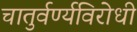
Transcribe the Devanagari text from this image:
चातुर्वर्ण्यविरोधी